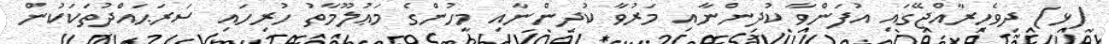
(ޅ) ދިވެހިރާއްޖޭގައި އުފަންވާ ކުދިންނާއި މަރުވާ ކުދިންނާއި މީހުންގެ މަޢުލޫމާތު ހުރިހައި ސަރަޙައްދުތަކަކުން